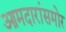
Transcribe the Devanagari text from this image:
आमदारांसमोर